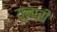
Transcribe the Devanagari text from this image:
यूनारी